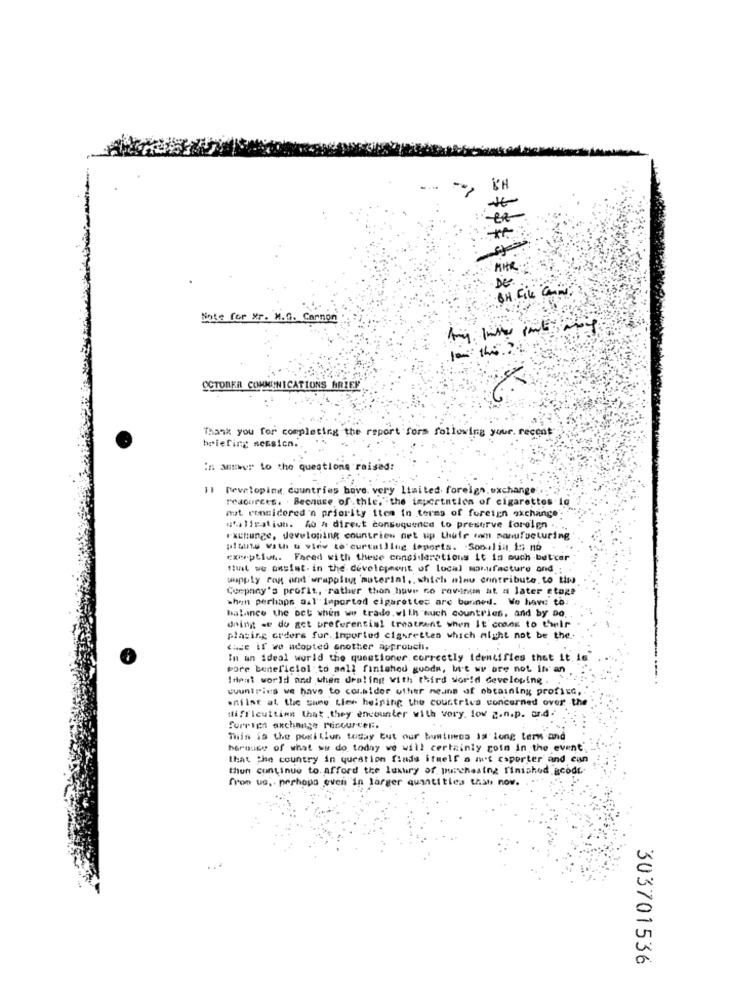
--
MHR
DE
Note for Xr. M.G. Carnon
yo the" ?!
OCTOBER COMMUNICATIONS BRIEF
Thank you for completing the report fors following your recent
briefing session ..
in answer to the questions raised:
Developing countries have very limited foreign exchange.
resources. . Because of . thie,"the importation of cigarettes la
mut considered 'n priority item in terms of foreign exchange'-
s'ilication. ho a direct consequence to preserve foreign ..
Exchange, developing countries oet up their own manufacturing
plaus Vath u view to'curtailing imports. Somulin is no
exoption. Faced with these considerations it in much better
tut we onsist. in the development of local manufacture and
wapply rag and wrapplut material .. which nlnu contribute to the
Company's profit, rather thon have no rowing at a later stage
when perhaps aal Imported cigarettes are burned. We have to:
balance the bet when we trade. with such countries, and by Do.
doing se do act preferential treatment when It conog to their
placing coders fur. Imported cigarettes which might not be the.
case if we adopted another approuchi.
In an ideal world the questioner. correctly identifies that it. in
pore beneficiol to aall finished goods, but we are not in'an
Ideal world and when dealing with third world developing . .
countries we have to conbider other means of obtaining profite,
enfine at the same Lier helping the countries concerned over the
diffleuitinn that . they encounter with vory. lov z.n.p. and.
forrict exchange recourcer.
This is the posillun today but our business Is'long term and
perouse of what we do today we will certainly coin in the event.
that The country in question finds itmelf a w't esporter and can
thun continue to. afford the luxury of purchasing finished.Bcodt-
from us .. perhopa even in larger quantities that now.
303701536